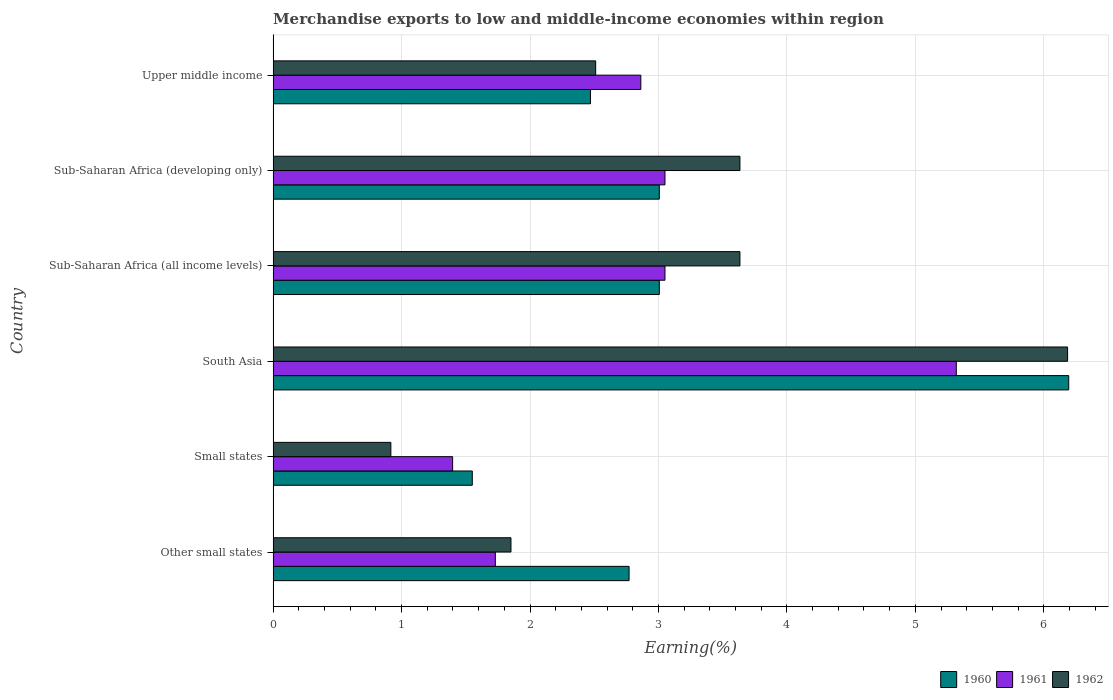
| Country | 1960 | 1961 | 1962 |
 | --- | --- | --- | --- |
 | Other small states | 2.77 | 1.73 | 1.85 |
 | Small states | 1.55 | 1.4 | 0.917 |
 | South Asia | 6.19 | 5.32 | 6.19 |
 | Sub-Saharan Africa (all income levels) | 3.01 | 3.05 | 3.63 |
 | Sub-Saharan Africa (developing only) | 3.01 | 3.05 | 3.63 |
 | Upper middle income | 2.47 | 2.86 | 2.51 |